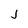
Character: J